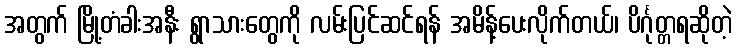
အတွက် မြို့တံခါးအနီး ရွာသားတွေကို လမ်းပြင်ဆင်ရန် အမိန့်ပေးလိုက်တယ်၊ ပိင်္ဂုတ္တရဆိုတဲ့